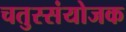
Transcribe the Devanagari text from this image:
चतुस्संयोजक